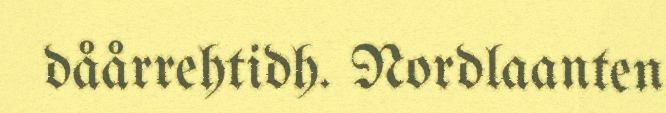
dåårrehtidh. Nordlaanten